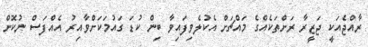
ރާއްޖެއަކީ ޖަޒީރާ ރަށްތަކެއްގެ މައްޗަށް އެކުލެވިފައިވާ ބިން ކުޑަ ގައުމަކަށްވާއިރު އެއްފަސް ނުކޮށް